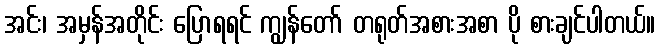
အင်း၊ အမှန်အတိုင်း ပြောရရင် ကျွန်တော် တရုတ်အစားအစာ ပို စားချင်ပါတယ်။